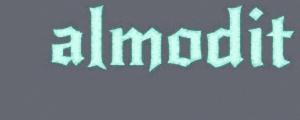
almodit